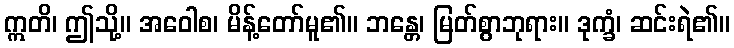
ဣတိ၊ ဤသို့။ အဝေါစ၊ မိန့်တော်မူ၏။ ဘန္တေ၊ မြတ်စွာဘုရား။ ဒုက္ခံ၊ ဆင်းရဲ၏။